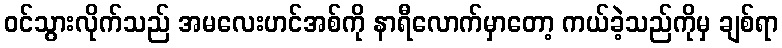
ဝင်သွားလိုက်သည် အမလေးဟင်အစ်ကို နာရီလောက်မှာတော့ ကယ်ခဲ့သည်ကိုမှ ချစ်ရာ